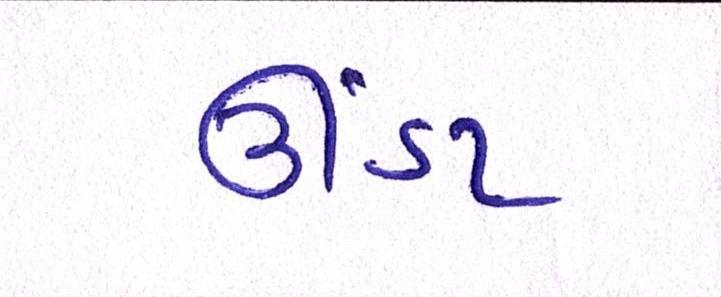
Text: ઊંડા